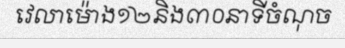
វេលាម៉ោង១២និង៣០នាទីចំណុច